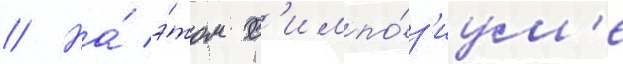
// На́ э́том с'импо́з'иум'е